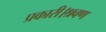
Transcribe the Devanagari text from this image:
प्रकारी।श्रवण